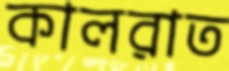
কালরাত